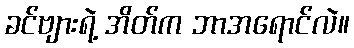
ခင်ဗျားရဲ့ အိတ်က ဘာအရောင်လဲ။